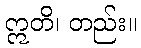
ဣတိ၊ တည်း။